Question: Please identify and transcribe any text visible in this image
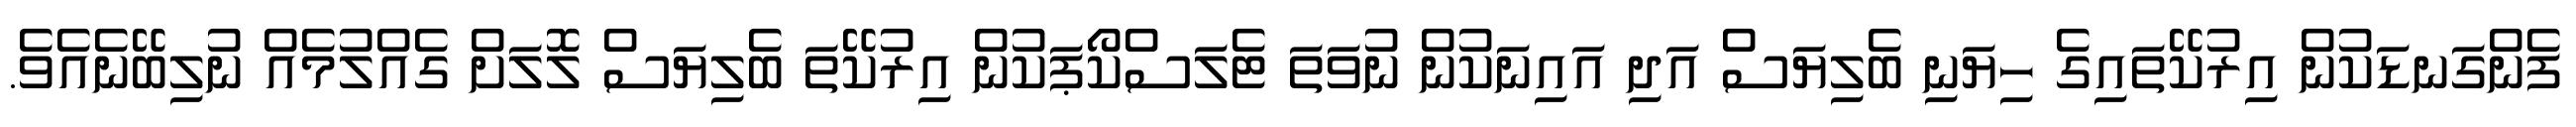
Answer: ފެންގަނޑަކުން އިރުކޭތައިގެ ހިޔަނި ބެލިޔަސް އަދި އައިނަކުން ނުވަތަ ޓެލަސްކޯޕަކުން އިރުކޭތަ ބެލިޔަސް ލޮލަށް ގެއްލުމެއް ނުލިބޭނެއެވެ.